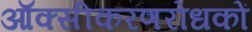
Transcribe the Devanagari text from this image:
ऑक्सीकरणरोधकों